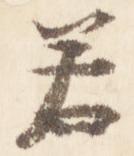
若